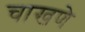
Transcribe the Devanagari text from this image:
चाखणे